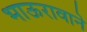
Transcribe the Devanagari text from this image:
भाऊरावाने